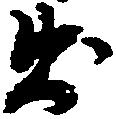
出